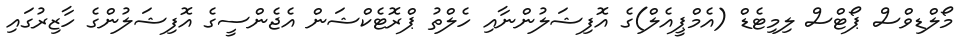
މޯލްޑިވްސް ޕޯޓްސް ލިމިޓެޑް (އެމްޕީއެލް)ގެ އޮފިޝަލުންނާއި ހެލްތު ޕްރޮޓެކްޝަން އެޖެންސީގެ އޮފިޝަލުންގެ ހާޒިރުގައި